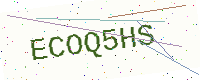
Text: ECOQ5HS